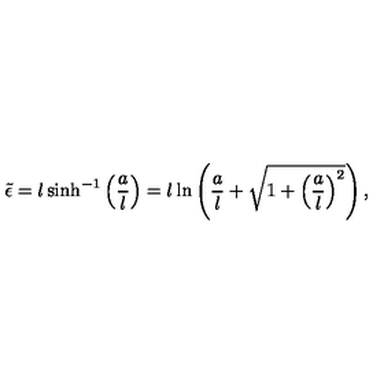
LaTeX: \tilde { \epsilon } = l \sinh ^ { - 1 } \left( \frac { a } { l } \right) = l \ln \left( \frac { a } { l } + \sqrt { 1 + \left( \frac { a } { l } \right) ^ { 2 } } \right) ,